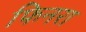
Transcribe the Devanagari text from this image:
फिनरा